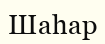
Шаһар